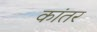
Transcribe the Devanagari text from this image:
कांतर